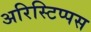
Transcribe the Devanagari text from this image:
अरिस्टिप्पस